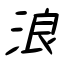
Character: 浪